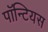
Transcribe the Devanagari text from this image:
पॉन्टियस